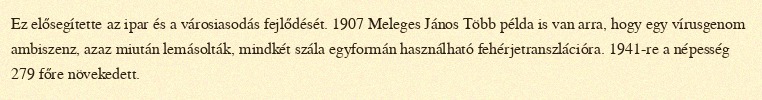
Ez elősegítette az ipar és a városiasodás fejlődését. 1907 Meleges János Több példa is van arra, hogy egy vírusgenom ambiszenz, azaz miután lemásolták, mindkét szála egyformán használható fehérjetranszlációra. 1941-re a népesség 279 főre növekedett.